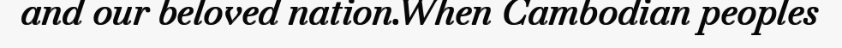
and our beloved nation.When Cambodian peoples